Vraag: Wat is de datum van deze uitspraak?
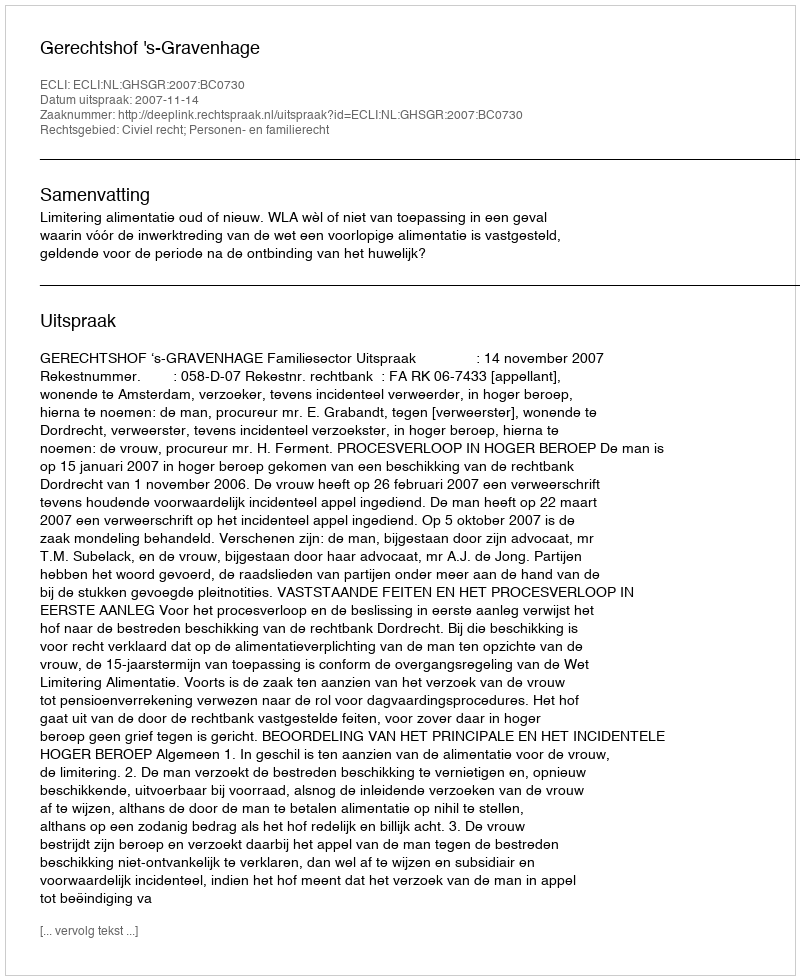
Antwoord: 2007-11-14